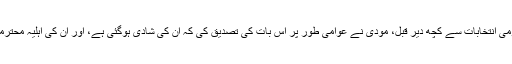
اپریل 2014ء میں، ان کے اقتدار میں آنے والے قومی انتخابات سے کچھ دیر قبل، مودی نے عوامی طور پر اس بات کی تصدیق کی کہ ان کی شادی ہوگئی ہے، اور ان کی اہلیہ محترمہ چمن لال تھیں، لیکن ان کی علیحدگی ہو گئی تھی۔